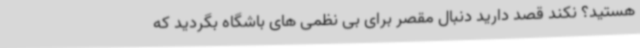
هستید؟ نکند قصد دارید دنبال مقصر برای بی نظمی های باشگاه بگردید که